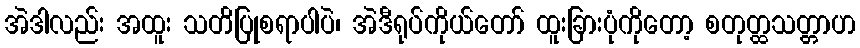
အဲဒါလည်း အထူး သတိပြုစရာပါပဲ၊ အဲဒီရုပ်ကိုယ်တော် ထူးခြားပုံကိုတော့ စတုတ္ထသတ္တာဟ